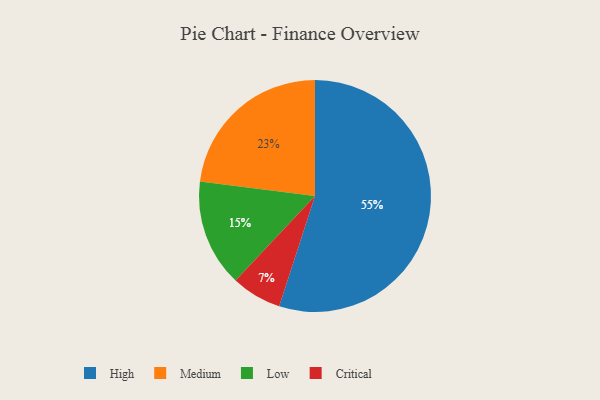
{"axis": {"x": "Category", "y": "Percentage"}, "legend": ["Critical", "High", "Low", "Medium"], "data": [{"x": "Low", "y": 15, "type": "Low"}, {"x": "High", "y": 55, "type": "High"}, {"x": "Medium", "y": 23, "type": "Medium"}, {"x": "Critical", "y": 7, "type": "Critical"}]}